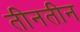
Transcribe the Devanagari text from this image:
तीनतीन